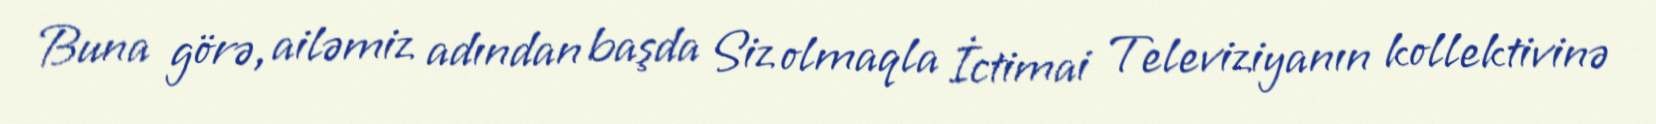
Buna görə, ailəmiz adından başda Siz olmaqla İctimai Televiziyanın kollektivinə